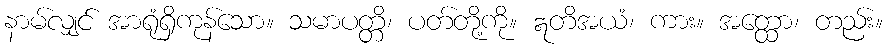
နာမ်လျှင် အာရုံရှိကုန်သော။ သမာပတ္တိ၊ ပတ်တို့ကို။ ဣတိအယံ၊ ကား။ အတ္ထော၊ တည်း။